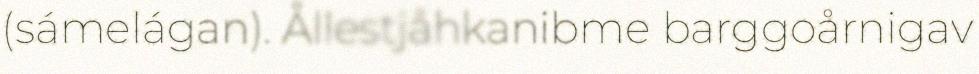
(sámelágan). Ållestjåhkanibme barggoårnigav